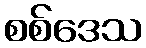
စစ်ဒေသ